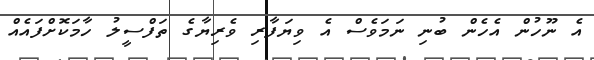
އެ ނޫހުން އެހެން ބުނި ނަމަވެސް އެ ވިޔަފާރި ވެރިޔާގެ ތަފްސީލު ހާމަކޮށްފައެއް